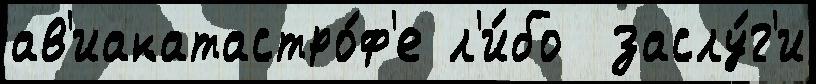
ав'иакатастро́ф'е л'и́бо  заслу́г'и